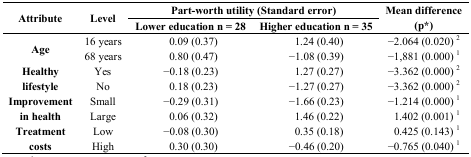
| <ROWSPAN=2> Attribute | <ROWSPAN=2> Level | <COLSPAN=2> Part-worth utility (Standard error) | <ROWSPAN=2> Mean difference (p*) |
 | Lower education n = 28 | Higher education n = 35 |
 | --- | --- | --- | --- | --- |
 | <ROWSPAN=2> Age | 16 years | 0.09 (0.37) | 1.24 (0.40) | −2.064 (0.020) 2 |
 | 68 years | 0.80 (0.47) | −1.08 (0.39) | −1,881 (0.000) 1 |
 | <ROWSPAN=2> Healthy lifestyle | Yes | −0.18 (0.23) | 1.27 (0.27) | −3.362 (0.000) 2 |
 | No | 0.18 (0.23) | −1.27 (0.27) | −3.362 (0.000) 2 |
 | <ROWSPAN=2> Improvement in health | Small | −0.29 (0.31) | −1.66 (0.23) | −1.214 (0.000) 1 |
 | Large | 0.06 (0.32) | 1.46 (0.22) | 1.402 (0.001) 1 |
 | <ROWSPAN=2> Treatment costs | Low | −0.08 (0.30) | 0.35 (0.18) | 0.425 (0.143) 1 |
 | High | 0.30 (0.30) | −0.46 (0.20) | −0.765 (0.040) 1 |